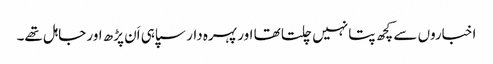
اخباروں سے کچھ پتا نہیں چلتا تھا اور پہرہ دار سپاہی اَن پڑھ اور جاہل تھے۔